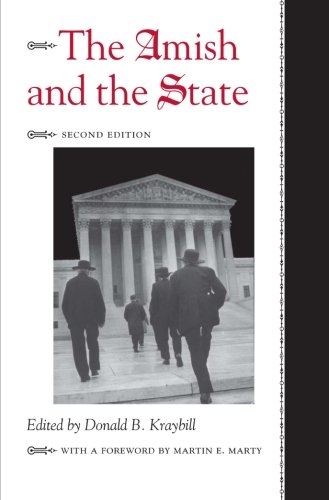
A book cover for The Amish and the State (Center Books in Anabaptist Studies); Christian Books & Bibles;